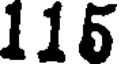
115